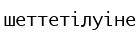
шеттетілуіне